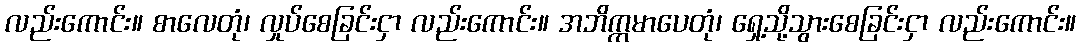
လည်းကောင်း။ စာလေတုံ၊ လှုပ်စေခြင်းငှာ လည်းကောင်း။ အဘိက္ကမာပေတုံ၊ ရှေ့သို့သွားစေခြင်းငှာ လည်းကောင်း။